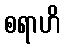
စရာဟိ